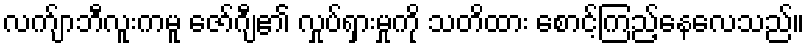
လက်ျာဘီလူးကမူ ဇော်ဂျီ၏ လှုပ်ရှားမှုကို သတိထား စောင့်ကြည့်နေလေသည်။